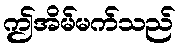
ဤအိမ်မက်သည်